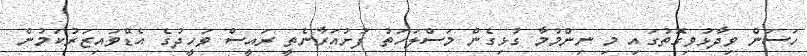
ހަސަން ވިދާޅުވިގޮތުގައި މި ނިންމުމާ ގުޅިގެން މަސްލަހަތު ފުށުއަރާނެތީ ރައީސް ވަހީދުގެ އެޑްވައިޒަރުކަމުން